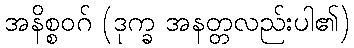
အနိစ္စဝဂ် (ဒုက္ခ အနတ္တလည်းပါ၏)